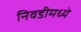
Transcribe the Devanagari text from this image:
निवडीमध्ये